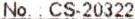
NO. : CS-20322